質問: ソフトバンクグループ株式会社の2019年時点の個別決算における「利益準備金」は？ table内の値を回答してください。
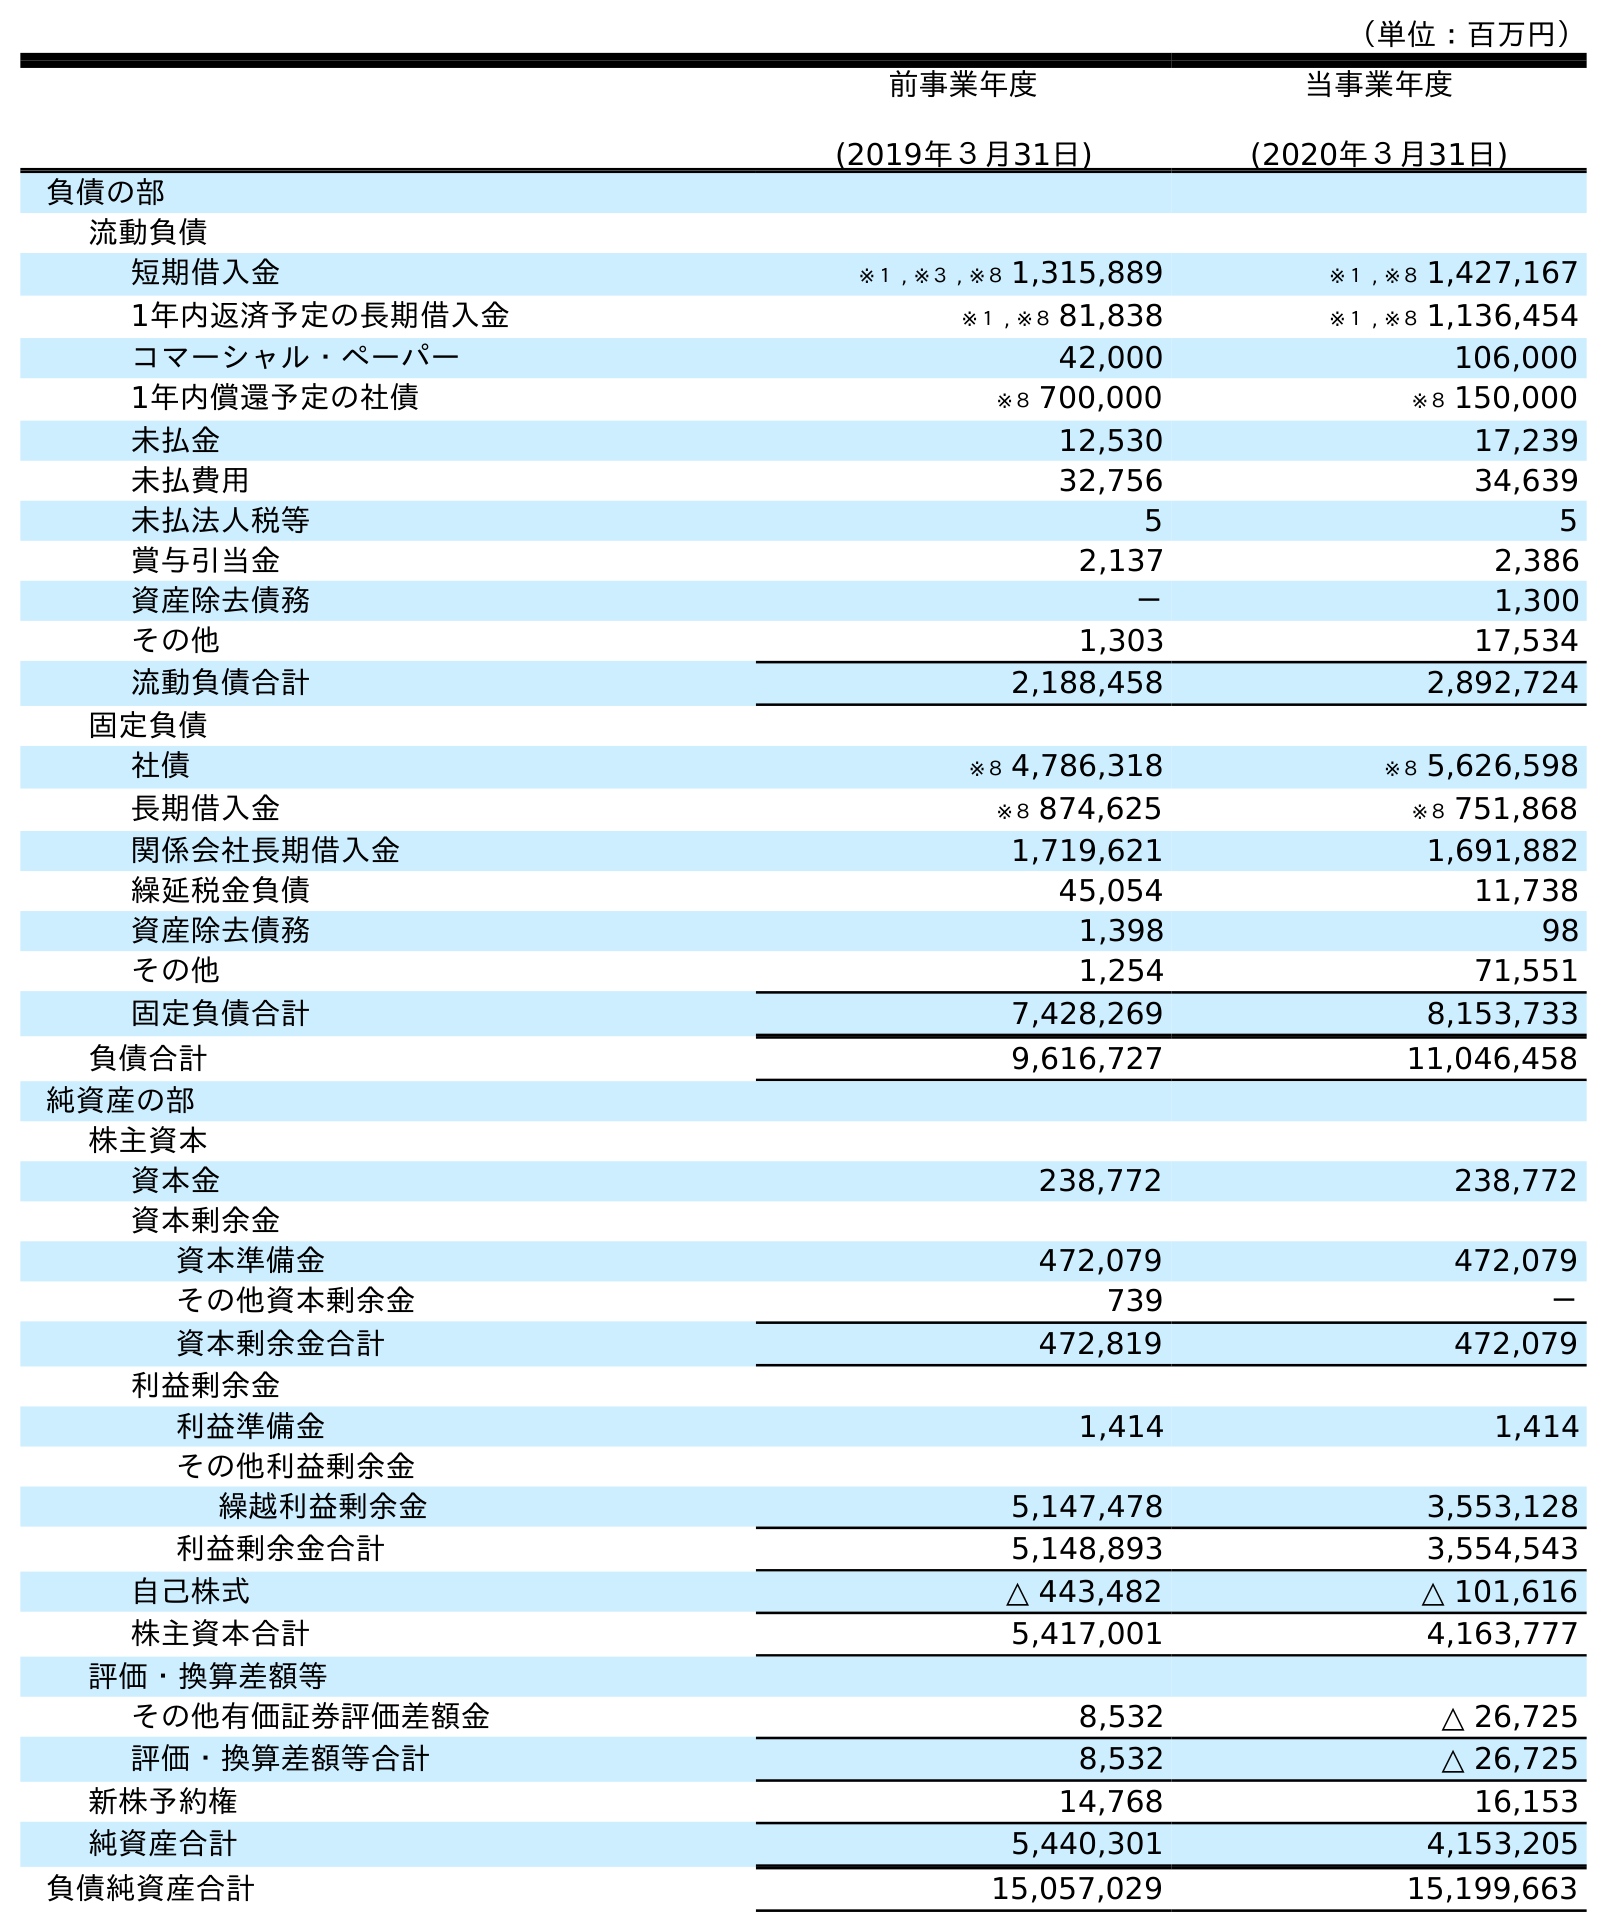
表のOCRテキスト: （単位：百万円） 前事業年度 (2019年３月31日) 当事業年度 (2020年３月31日) 負債の部 流動負債 短期借入金 ※１ , ※３ , ※８ 1,315,889 ※１ , ※８ 1,427,167 1年内返済予定の長期借入金 ※１ , ※８ 81,838 ※１ , ※８ 1,136,454 コマーシャル・ペーパー 42,000 106,000 1年内償還予定の社債 ※８ 700,000 ※８ 150,000 未払金 12,530 17,239 未払費用 32,756 34,639 未払法人税等 5 5 賞与引当金 2,137 2,386 資産除去債務 － 1,300 その他 1,303 17,534 流動負債合計 2,188,458 2,892,724 固定負債 社債 ※８ 4,786,318 ※８ 5,626,598 長期借入金 ※８ 874,625 ※８ 751,868 関係会社長期借入金 1,719,621 1,691,882 繰延税金負債 45,054 11,738 資産除去債務 1,398 98 その他 1,254 71,551 固定負債合計 7,428,269 8,153,733 負債合計 9,616,727 11,046,458 純資産の部 株主資本 資本金 238,772 238,772 資本剰余金 資本準備金 472,079 472,079 その他資本剰余金 739 － 資本剰余金合計 472,819 472,079 利益剰余金 利益準備金 1,414 1,414 その他利益剰余金 繰越利益剰余金 5,147,478 3,553,128 利益剰余金合計 5,148,893 3,554,543 自己株式 △ 443,482 △ 101,616 株主資本合計 5,417,001 4,163,777 評価・換算差額等 その他有価証券評価差額金 8,532 △ 26,725 評価・換算差額等合計 8,532 △ 26,725 新株予約権 14,768 16,153 純資産合計 5,440,301 4,153,205 負債純資産合計 15,057,029 15,199,663
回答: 1,414